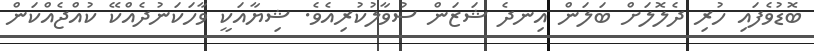
ބޮޑުވެފައި ހުރި ދެލޮލަށް ބަލަން އިނދެ ޝަޒަން ސުވާލުކުރިއެވެ. ޝިޔާއަކީ ވާހަކަނުދެއްކޭ ކުއްޖެއްކަން